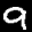
Label: 9